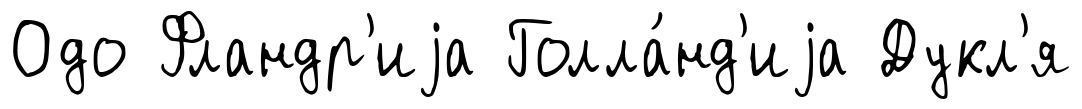
Одо Фландр'иjа Голла́нд'иjа Дукл'я